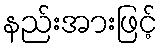
နည်းအားဖြင့်